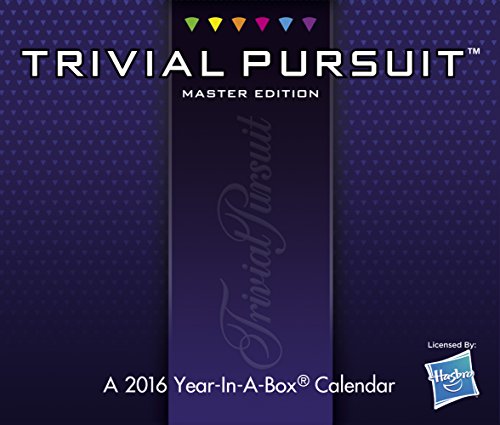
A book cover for TRIVIAL PURSUIT: MASTER EDITION Year-In-A-Box Calendar (2016); Year-In-A-Box; Calendars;